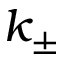
k _ { \pm }